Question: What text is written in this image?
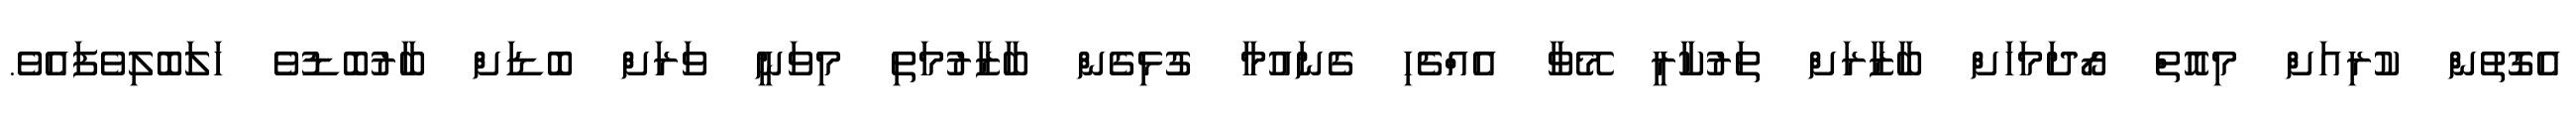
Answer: އެގޮތުން ކުރިއަށް މިއޮތް ރޯދަމަހަށް ބާޒާރަށް ތަރުކާރީ މޭވާ އެއްޗެހި ގެނައުމާ ގުޅިގެން ބާޒާރުމަތި މިވަނީ ވަރަށް ބޮޑަށް ބާރުބޮޑުވެ ހަލަބޮލިވެފައެވެ.